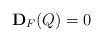
LaTeX: \begin{align*}\bold{D}_F(Q)=0\end{align*}